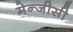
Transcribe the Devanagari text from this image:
मेन्जीसी